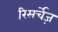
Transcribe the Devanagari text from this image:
रिसर्चेज़